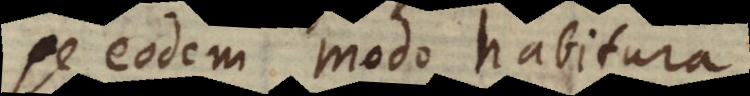
se eodem modo habitura